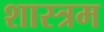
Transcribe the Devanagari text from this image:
शास्त्रम